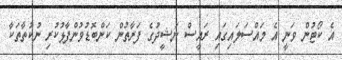
އެ ކޯޓުން ވަނީ އެ މައްސަލައިގައި ރައީސް ނަޝީދުގެ ފަރާތުން ކަންބޮޑުވުންފާޅުކުރި ނުކުތާތަކާ